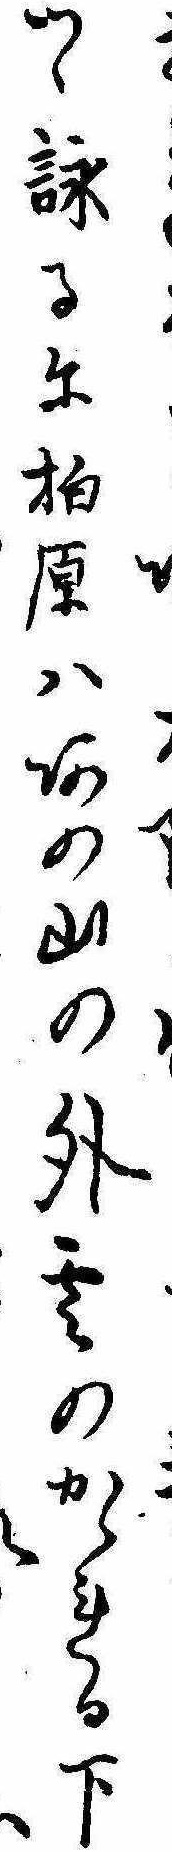
つゝ詠るに柏原はあの山の外雲のかゝれる下